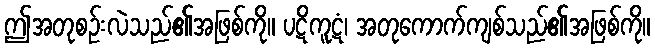
ဤအတုစဉ်းလဲသည်၏အဖြစ်ကို။ ပဋိကူဋံ၊ အတုကောက်ကျစ်သည်၏အဖြစ်ကို။